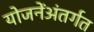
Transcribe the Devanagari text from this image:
योजनेंअंतर्गत